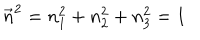
LaTeX: \vec { n } ^ { 2 } = n _ { 1 } ^ { 2 } + n _ { 2 } ^ { 2 } + n _ { 3 } ^ { 2 } = 1